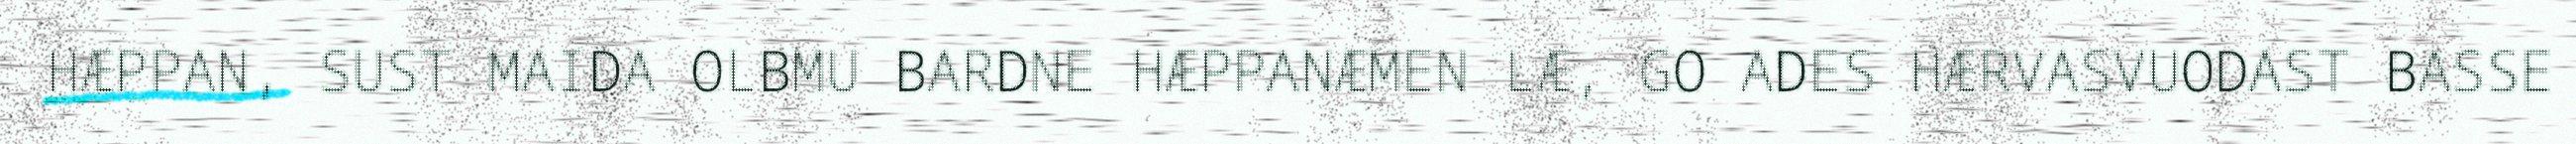
HÆPPAN, SUST MAIDA OLBMU BARDNE HÆPPANÆMEN LÆ, GO ADES HÆRVASVUODAST BASSE